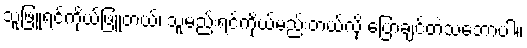
သူဖြူရင်ကိုယ်ဖြူတယ်၊ သူမည်းရင်ကိုယ်မည်းတယ်လို့ ပြောချင်တဲ့သဘောပါ။